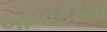
બાપોટીયા